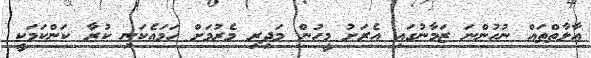
އާލާތްތައް ނުހުންނަ ޒަމާނުގައި އެރަށު މީހުން މަދިރި މެެރުމަށް ހަމައެކަނި ކުރާ ކަންކަމަކީީ